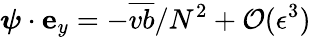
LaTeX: \boldsymbol{\psi}\cdot{\mathbf e}_{y}=-{\overline{{vb}}}/{N^{2}}+{\cal O}(\epsilon^{3})